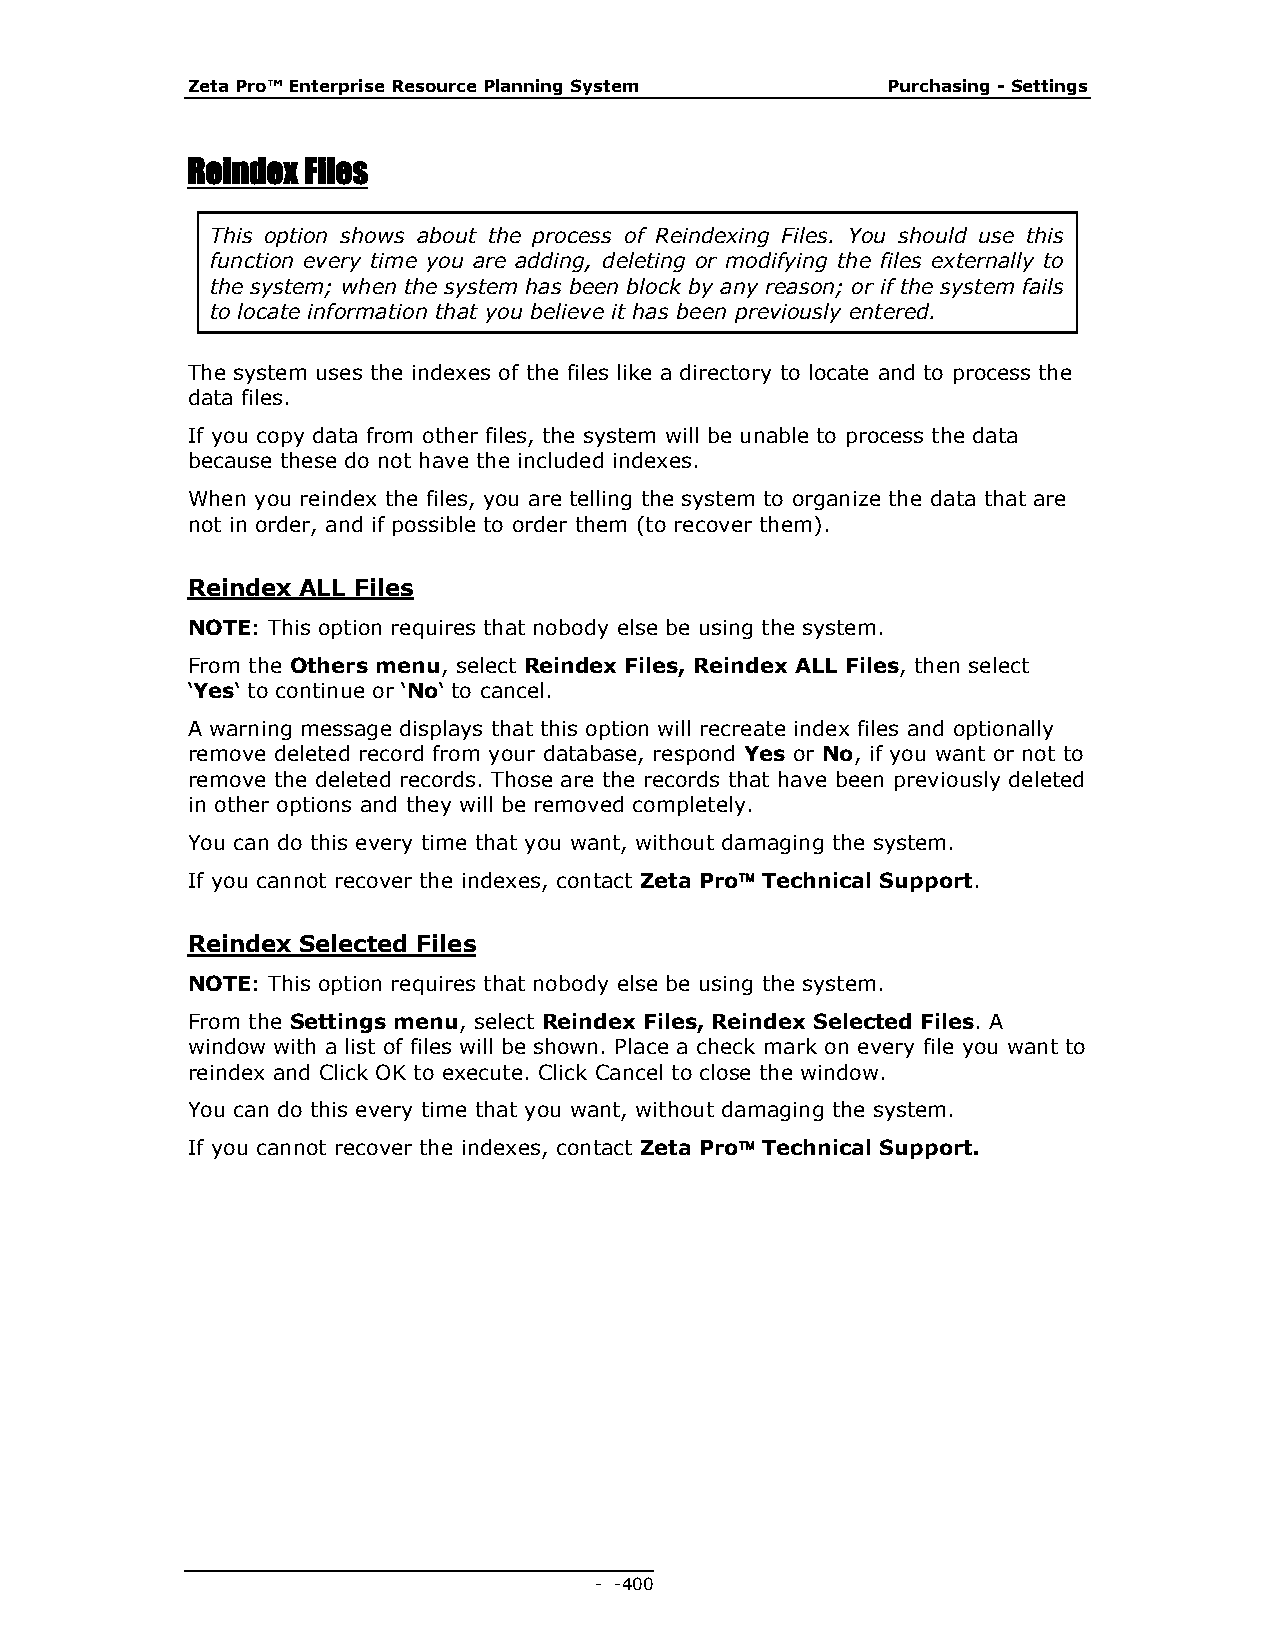
Zeta Pro™ Enterprise Resource Planning System  Purchasing - Settings
 Reindex Files
 This option shows about the process of Reindexing Files. You should use this
 function every time you are adding, deleting or modifying the files externally to
 the system; when the system has been block by any reason; or if the system fails
 to locate information that you believe it has been previously entered.
 The system uses the indexes of the files like a directory to locate and to process the
 data files.
 If you copy data from other files, the system will be unable to process the data
 because these do not have the included indexes.
 When you reindex the files, you are telling the system to organize the data that are
 not in order, and if possible to order them (to recover them).
 Reindex ALL Files
 NOTE: This option requires that nobody else be using the system.
 From the Others menu, select Reindex Files, Reindex ALL Files, then select
 ‘Yes‘ to continue or ‘No‘ to cancel.
 A warning message displays that this option will recreate index files and optionally
 remove deleted record from your database, respond Yes or No, if you want or not to
 remove the deleted records. Those are the records that have been previously deleted
 in other options and they will be removed completely.
 You can do this every time that you want, without damaging the system.
 If you cannot recover the indexes, contact Zeta Pro Technical Support.
 Reindex Selected Files
 NOTE: This option requires that nobody else be using the system.
 From the Settings menu, select Reindex Files, Reindex Selected Files. A
 window with a list of files will be shown. Place a check mark on every file you want to
 reindex and Click OK to execute. Click Cancel to close the window.
 You can do this every time that you want, without damaging the system.
 If you cannot recover the indexes, contact Zeta Pro Technical Support.
 - - 400